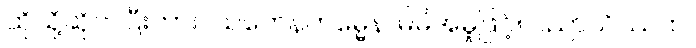
ထိုသို့ဆိုတပြီးကား။ သကေနကမ္မေန၊ မိမိအမှုဖြင့်။ ပညာယိဿထ၊